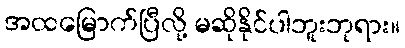
အထမြောက်ပြီလို့ မဆိုနိုင်ပါဘူးဘုရား။